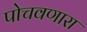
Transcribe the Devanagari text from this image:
पोचवणारा